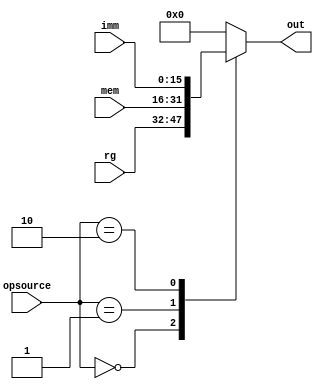
module Mux3 (opsource, rg, mem, imm, out);
	
	input [1:0] opsource;
	input [15:0] rg, mem, imm;
	output reg [15:0] out;
	
	always@(opsource or rg or mem or imm)
		begin
			case(opsource)
				
				2'B00: out = rg;
				2'B01: out = mem;
				2'B10: out = imm;
				default: out = 0;
				
			endcase
		end
	
endmodule